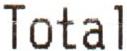
TOTAL